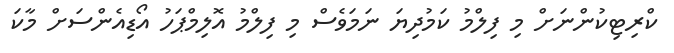
ކްރިޓިކުންނަށް މި ފިލްމު ކަމުދިޔަ ނަމަވެސް މި ފިލްމު އޮލިމްޕަހު އޯޑިއެންސަށް މާކަ